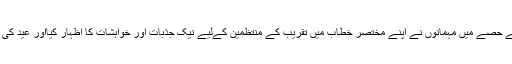
تقریب کے پہلے حصے میں مہمانوں نے اپنے مختصر خطاب میں تقریب کے منتظمین کےلیے نیک جذبات اور خواہشات کا اظہار کیااور عید کی مبارک باد دی۔